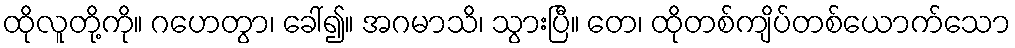
ထိုလူတို့ကို။ ဂဟေတွာ၊ ခေါ်၍။ အဂမာသိ၊ သွားပြီ။ တေ၊ ထိုတစ်ကျိပ်တစ်ယောက်သော